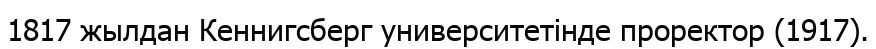
1817 жылдан Кеннигсберг университетінде проректор (1917).